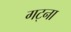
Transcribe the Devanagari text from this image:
गट्ना